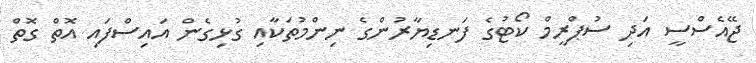
ޖޭއެސްސީ އަދި ސުޕްރީމް ކޯޓުގެ ފަނޑިޔާރުންގެ ނިންމުތަކާއި ގުޅިގެން އައިސްފައި އޮތް ގޮތް